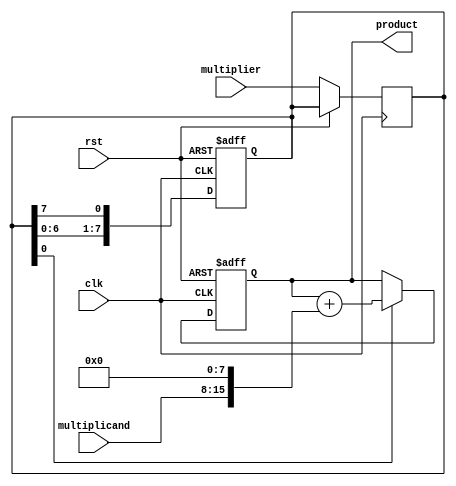
module shift_and_add_multiplier (
    input wire clk,
    input wire rst,
    input wire [7:0] multiplicand,
    input wire [7:0] multiplier,
    output wire [15:0] product
);

reg [15:0] product_reg;
reg [7:0] partial_product;

always @(posedge clk or posedge rst) begin
    if (rst) begin
        product_reg <= 16'h0;
        partial_product <= 8'h0;
    end
    else begin
        if (partial_product[0] == 1'b1) begin
            product_reg <= product_reg + {{8{multiplicand}}, 8'h0};
        end
        partial_product <= {partial_product[6:0], partial_product[7]};
    end
end

always @(posedge clk) begin
    if (!rst) begin
        partial_product <= multiplier;
    end
end

assign product = product_reg;

endmodule